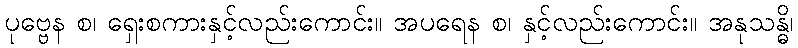
ပုဗ္ဗေန စ၊ ရှေးစကားနှင့်လည်းကောင်း။ အပရေန စ၊ နှင့်လည်းကောင်း။ အနုသန္ဓိ၊